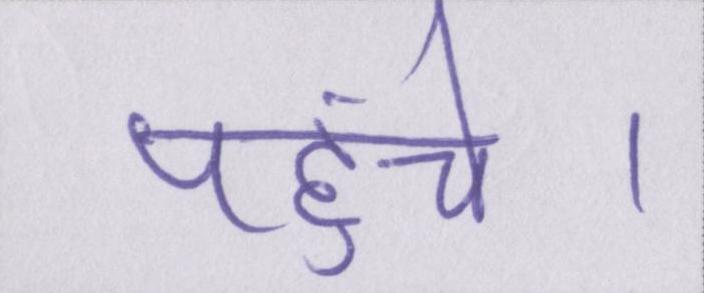
पहुंचे।